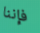
فإننا